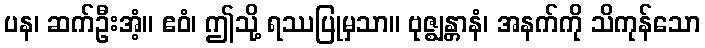
ပန၊ ဆက်ဦးအံ့။ ဧဝံ၊ ဤသို့ ရဿပြုမှသာ။ ဗုဇ္ဈန္တာနံ၊ အနက်ကို သိကုန်သော